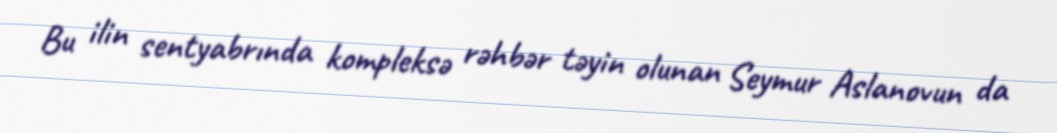
Bu ilin sentyabrında kompleksə rəhbər təyin olunan Seymur Aslanovun da